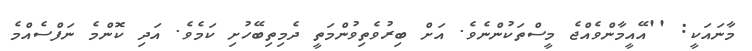
މާނައަކީ: ''އޭއީމާންވެއްޖެ މީސްތަކުންނެވެ. އަށް ބިރުވެތިވުންމަތީ ދެމިތިބޭހުށި ކަމެވެ. އަދި ކޮންމެ ނަފްސެއްމެ